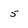
Character: 5